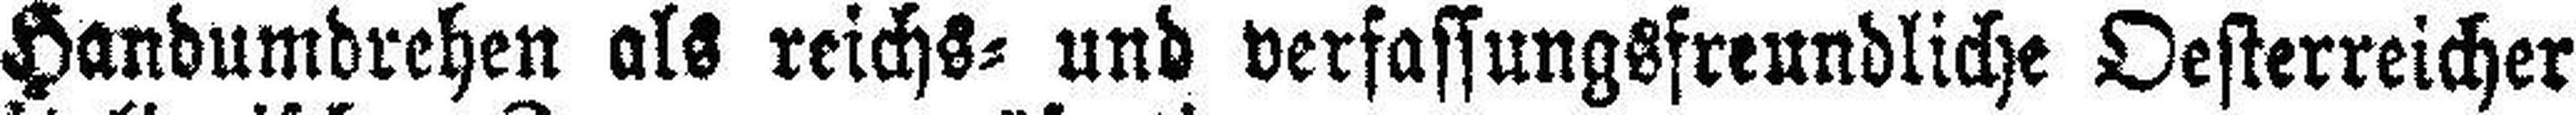
Handumdrehen als reichs= und verfassungsfreundliche Oesterreicher